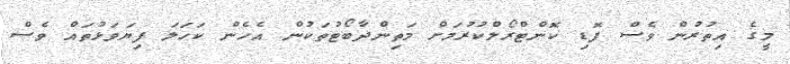
މީގެ އިތުރުން ވެސް ފޮޑި ކޮންޓްރޯލްކުރުމަށް މަތިންދާބޯޓުތަކުން އެހެން ކަހަލަ ފިޔަވަޅުތައް ވެސް